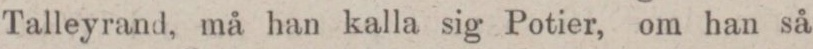
Talleyrand, må han kalla sig Potier, om han så